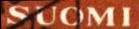
SUOMI